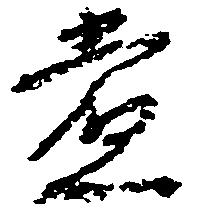
党